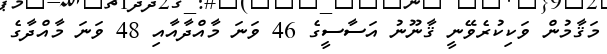
މަޤާމުން ވަކިކުރެވޭނީ ޤާނޫނު އަސާސީގެ 46 ވަނަ މާއްދާއާއި 48 ވަނަ މާއްދާގެ